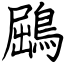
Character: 鶌